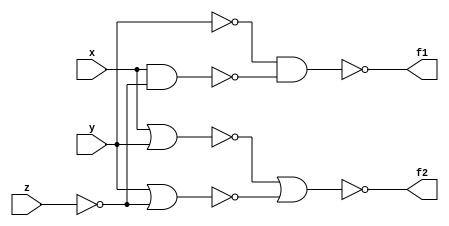
module prog2b (x, y, z, f1, f2);
input x, y, z;
output f1, f2;

// f1 for "NAND ONLY"
// f2 for "NOR ONLY"

nand (y1, y, y);
nand (z1, z, z);
nand (xz1, x, z1);
nand (f1, y1, xz1);

nor (z2, z);
nor (xy2, x, y);
nor (yz2, y, z2);
nor (f2, xy2, yz2);

endmodule